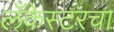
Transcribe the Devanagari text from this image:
लँकेस्टरचा